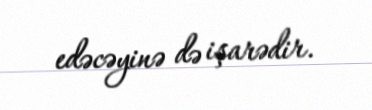
edəcəyinə də işarədir.